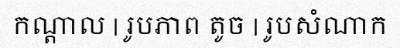
កណ្តាល | រូបភាព តូច | រូបសំណាក